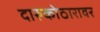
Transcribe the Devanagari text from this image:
दारुकोठारावर